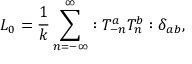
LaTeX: L _ { 0 } = \frac { 1 } { k } \sum _ { n = - \infty } ^ { \infty } : T _ { - n } ^ { a } T _ { n } ^ { b } : \delta _ { a b } ,